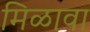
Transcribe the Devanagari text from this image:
मिळावा